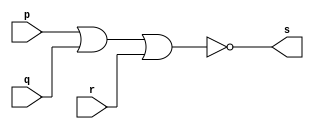
// ---------------------
// Guia 01_02 - NOR
// Nome: Alyson Deives
// ---------------------

// ---------------------
// -- nor gate
// ---------------------

module norgate (s, p, q, r);
 output s;
 input  p, q, r;

 assign s = ~(p | q | r);

endmodule // norgate

// ---------------------
// -- test nor gate
// ---------------------

module testnorgate;
 reg   a, b, c;
 wire  s;
          // instancia
 norgate NOR1 (s, a, b, c);
 
          // parte principal
 initial begin
      $display("Guia 01_02 - Alyson Deives - 416589");
      $display("Test NOR gate");
      $display("\na | b | c = s\n");
      a=0; b=0;c=0;
  #1  $display("~(%b | %b | %b) = %b", a, b, c, s);
      a=0; b=0;c=1;
  #1  $display("~(%b | %b | %b) = %b", a, b, c, s);
		a=0; b=1;c=0;
  #1  $display("~(%b | %b | %b) = %b", a, b, c, s);
		a=0; b=1;c=1;
  #1  $display("~(%b | %b | %b) = %b", a, b, c, s);
		a=1; b=0;c=0;
  #1  $display("~(%b | %b | %b) = %b", a, b, c, s);
		a=1; b=0;c=1;
  #1  $display("~(%b | %b | %b) = %b", a, b, c, s);
		a=1; b=1;c=0;
  #1  $display("~(%b | %b | %b) = %b", a, b, c, s);
		a=1; b=1;c=1;
  #1  $display("~(%b | %b | %b) = %b", a, b, c, s);
end

endmodule // testnorgate